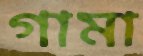
গামা